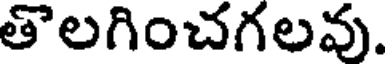
తొలగించగలవు.